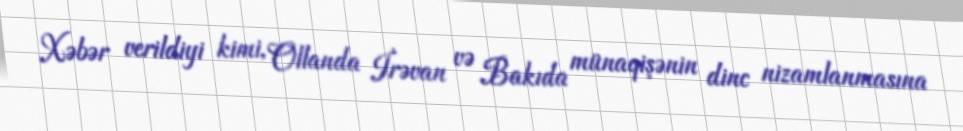
Xəbər verildiyi kimi, Ollanda İrəvan və Bakıda münaqişənin dinc nizamlanmasına